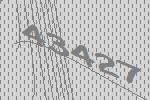
43427